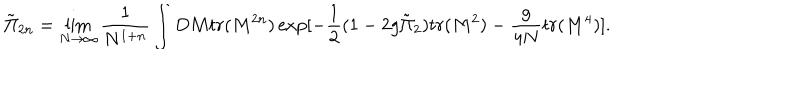
{ \tilde { \Pi } } _ { 2 n } = \lim _ { N \to \infty } \frac { 1 } { N ^ { 1 + n } } \int D M t r ( M ^ { 2 n } ) \exp [ - \frac { 1 } { 2 } ( 1 - 2 g { \tilde { \Pi } } _ { 2 } ) t r ( M ^ { 2 } ) - \frac { g } { 4 N } t r ( M ^ { 4 } ) ] .